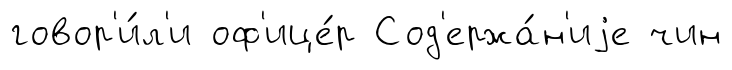
говор'и́л'и оф'ице́р Сод'ержа́н'иjе чин